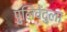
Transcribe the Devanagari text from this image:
पुलिवेंदुला